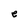
Character: e